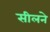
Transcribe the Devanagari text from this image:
सीलने